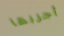
أجربها